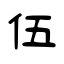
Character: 伍